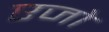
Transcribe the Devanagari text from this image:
एजो